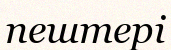
пештері